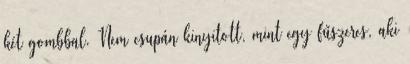
két gombbal. Nem csupán kinyitott, mint egy fűszeres, aki